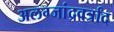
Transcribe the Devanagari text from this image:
अलग्जांद्रवर्त्रांद